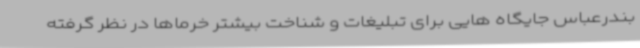
بندرعباس جایگاه هایی برای تبلیغات و شناخت بیشتر خرماها در نظر گرفته